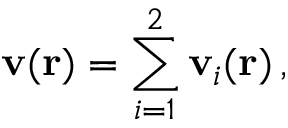
\mathbf { v } ( \mathbf { r } ) = \sum _ { i = 1 } ^ { 2 } \mathbf { v } _ { i } ( \mathbf { r } ) \, ,